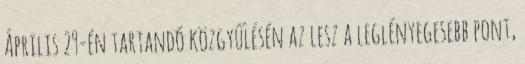
Április 29-én tartandó közgyűlésén az lesz a leglényegesebb pont,